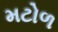
મટોળ